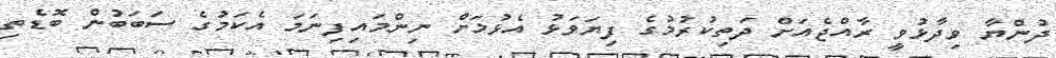
ދުންޔާ ވިދާޅުވީ ރާއްޖެއަށް ދަތިކުރުމުގެ ފިޔަވަޅު އެޅުމަށް ނިންމައިފިނަމަ އެކަމުގެ ސަބަބުން ބޮޑެތި